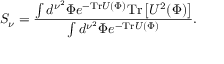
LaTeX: S _ { \nu } = { \frac { \int d ^ { \nu ^ { 2 } } \Phi e ^ { - \mathrm { T r } U ( \Phi ) } \mathrm { T r } \left[ U ^ { 2 } ( \Phi ) \right] } { \int d ^ { \nu ^ { 2 } } \Phi e ^ { - \mathrm { T r } U ( \Phi ) } } } .